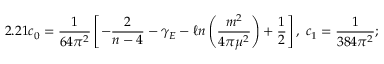
2 . 2 1 c _ { 0 } = \frac { 1 } { 6 4 \pi ^ { 2 } } \left[ - \frac { 2 } { n - 4 } - \gamma _ { E } - \ell n \left( \frac { m ^ { 2 } } { 4 \pi \mu ^ { 2 } } \right) + \frac { 1 } { 2 } \right] , \; c _ { 1 } = \frac { 1 } { 3 8 4 \pi ^ { 2 } } ;